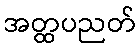
အတ္ထပညတ်